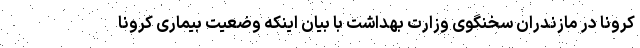
کرونا در مازندران سخنگوی وزارت بهداشت با بیان اینکه وضعیت بیماری کرونا